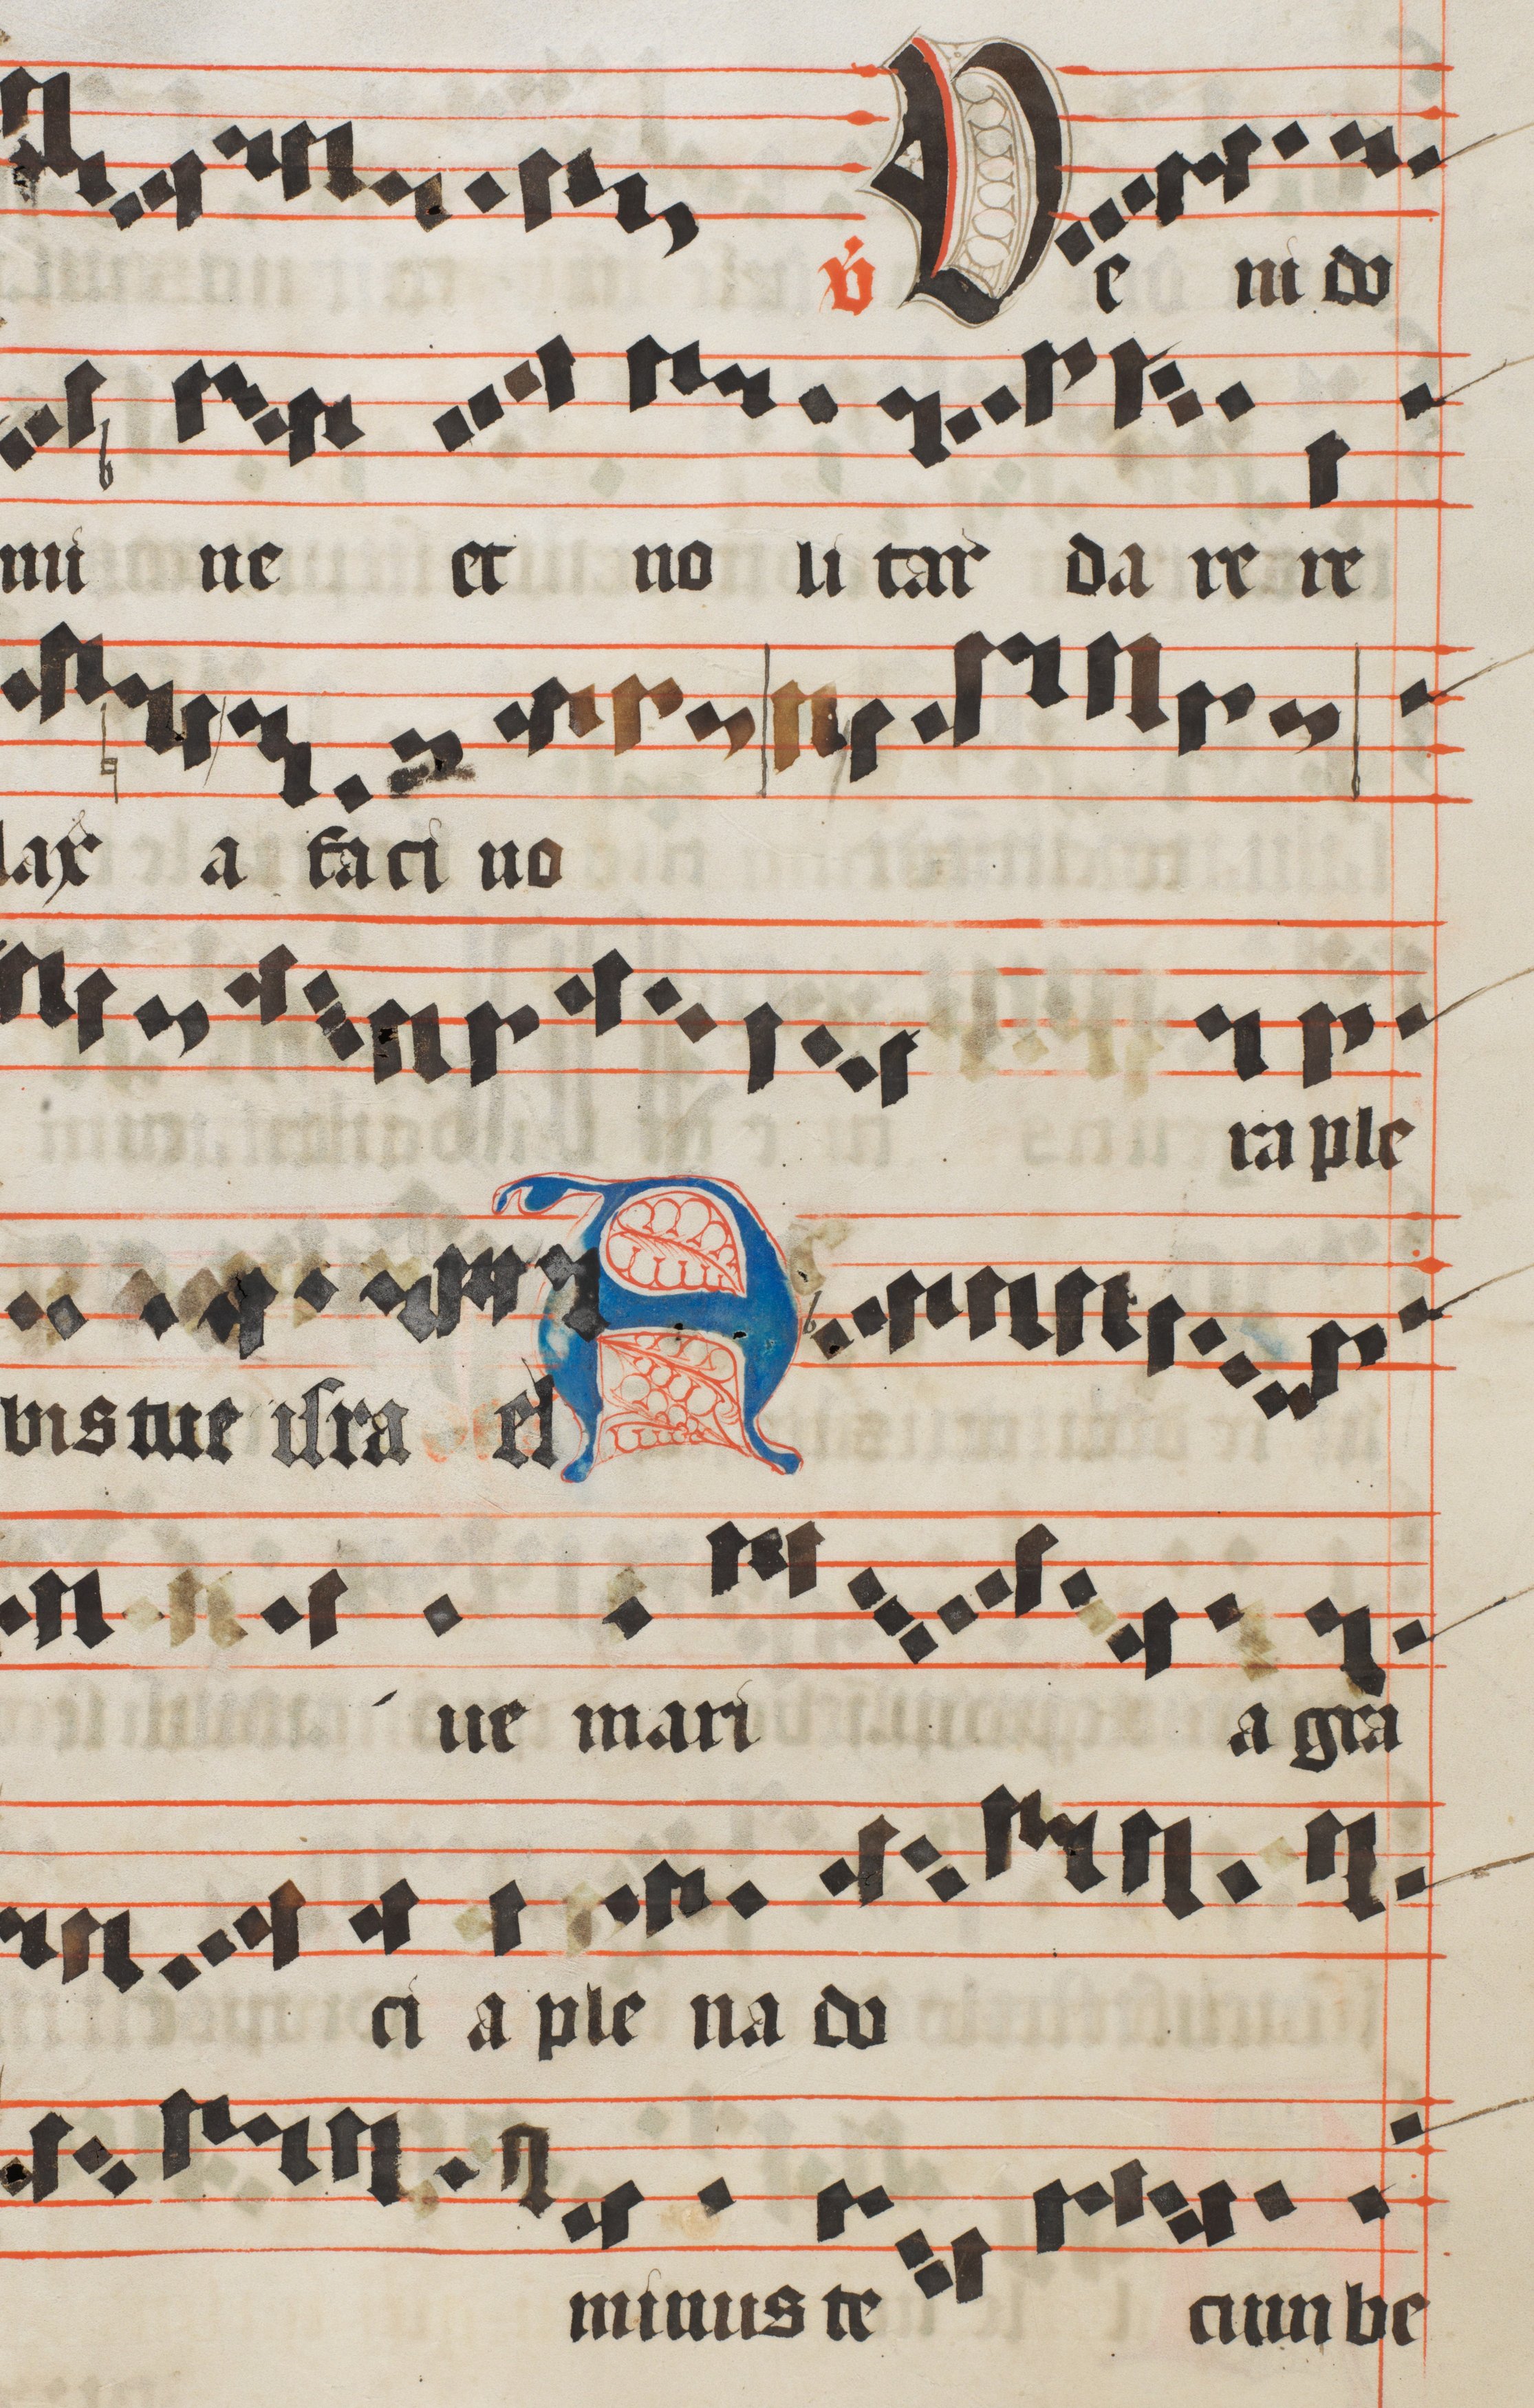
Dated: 1450–1599